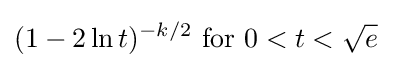
(1-2\ln t)^{-k/2}{\text{ for }}0<t<{\sqrt {e}}\;